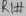
Text: RXT